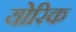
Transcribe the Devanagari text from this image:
योरिक